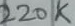
Text: 220K